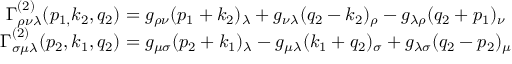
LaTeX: \begin{array} { c } { { \Gamma _ { \rho \nu \lambda } ^ { \left( 2 \right) } ( p _ { 1 , } k _ { 2 } , q _ { 2 } ) = g _ { \rho \nu } ( p _ { 1 } + k _ { 2 } ) _ { \lambda } + g _ { \nu \lambda } ( q _ { 2 } - k _ { 2 } ) _ { \rho } - g _ { \lambda \rho } ( q _ { 2 } + p _ { 1 } ) _ { \nu } } } \\ { { \Gamma _ { \sigma \mu \lambda } ^ { ( 2 ) } ( p _ { 2 } , k _ { 1 } , q _ { 2 } ) = g _ { \mu \sigma } ( p _ { 2 } + k _ { 1 } ) _ { \lambda } - g _ { \mu \lambda } ( k _ { 1 } + q _ { 2 } ) _ { \sigma } + g _ { \lambda \sigma } ( q _ { 2 } - p _ { 2 } ) _ { \mu } } } \end{array}